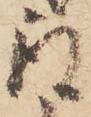
取